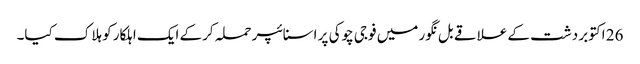
26 اکتوبر دشت کے علاقے بل نگور میں فوجی چوکی پر اسنائپر حملہ کرکے ایک اہلکار کو ہلاک کیا۔